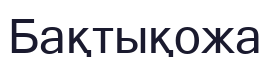
Бақтықожа